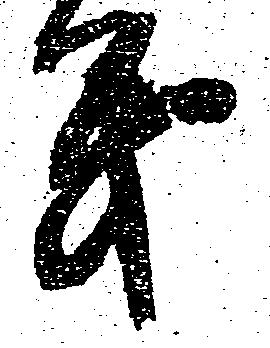
も